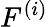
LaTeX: F^{(i)}